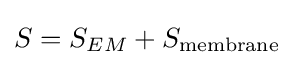
S=S_{EM}+S_{\text{membrane}}